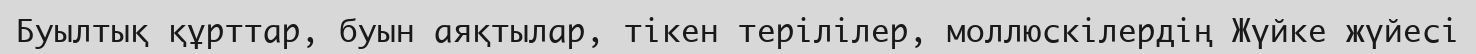
Буылтық құрттар, буын аяқтылар, тікен терілілер, моллюскілердің Жүйке жүйесі